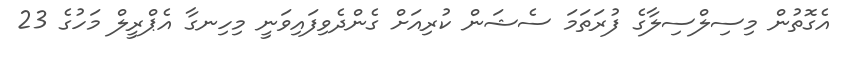
އެގޮތުން މިސިލްސިލާގެ ފުރަތަމަ ސެޝަން ކުރިއަށް ގެންދެވިފައިވަނީ މިހިނގާ އެޕްރީލް މަހުގެ 23